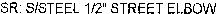
SR:S/STEEL 1/2" STREET ELBOW